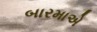
બારમાએ